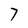
Character: 7